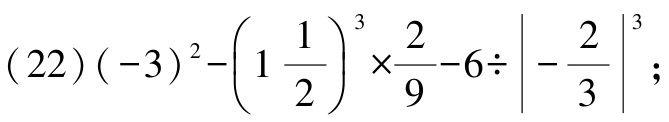
(22)\((-3)^{2}-\left(1\frac{1}{2}\right)^{3}\times\frac{2}{9}-6\div\left|-\frac{2}{3}\right|^{3}\);